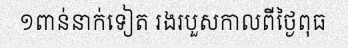
១ពាន់នាក់ទៀត រងរបួសកាលពីថ្ងៃពុធ